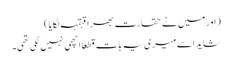
( اور میں نے حقارت بھرا قہقہہ لگایا )
شاید اسے میری یہ بات قطعاً اچھی نہیں لگی تھی۔